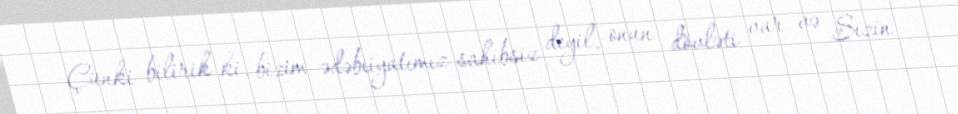
Çünki bilirik ki, bizim ədəbiiyatımız sahibsiz deyil, onun dövləti var və Sizin